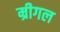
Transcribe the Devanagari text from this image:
म्रीगल